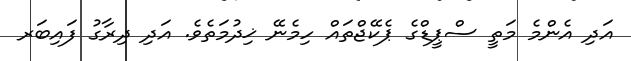
އަދި އެންމެ މަތީ ސްޕީޑްގެ ޕެކޭޖްތައް ހިމެނޭ ޚިދުމަތެވެ. އަދި ދިރާގު ފައިބަރ